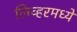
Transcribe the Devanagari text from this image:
लिव्हरमध्ये